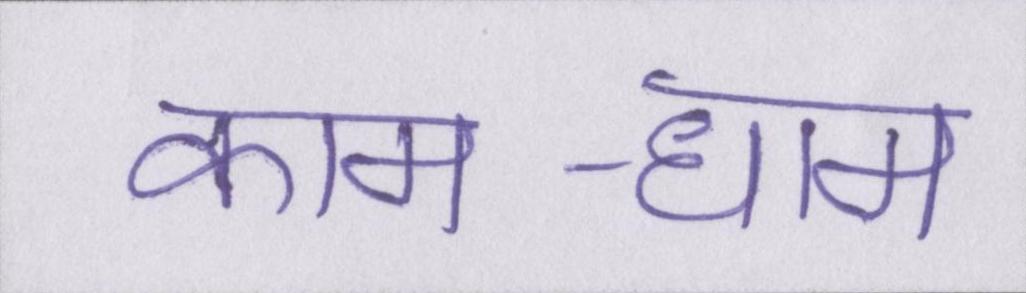
काम-धाम